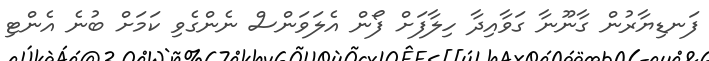
ފަނޑިޔާރުން ގާނޫނާ ގަވާއިދާ ހިލާފަށް ފޯން އެލަވަންސް ނެންގެވި ކަމަށް ބުނެ އެންޓި